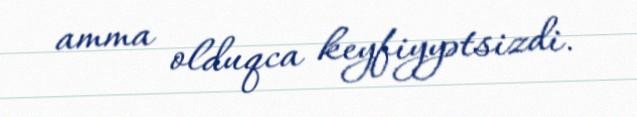
amma olduqca keyfiyyətsizdi.